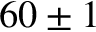
6 0 \pm 1